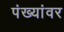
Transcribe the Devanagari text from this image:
पंख्यांवर